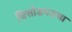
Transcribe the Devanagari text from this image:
चित्तोडगडचा